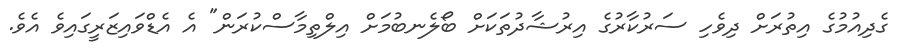
ގެދިއުމުގެ އިތުރަށް ދިވެހި ސަރުކާރުގެ އިރުޝާދުތަކަށް ބޯލެނބުމަށް އިލްތިމާސްކުރަން" އެ އެޑްވައިޒަރީގައިވެ އެވެ.